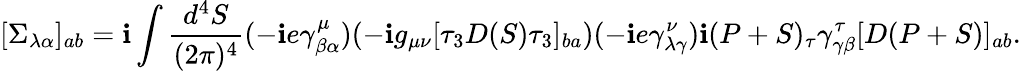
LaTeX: [\Sigma_{\lambda\alpha}]_{ab}=\mathbf{i}\int\frac{{d^{4}S}}{{(2\pi)^{4}}}(-\mathbf{i}e\gamma_{\beta\alpha}^{\mu})(-\mathbf{i}g_{\mu\nu}[\tau_{3}D(S)\tau_{3}]_{ba})(-\mathbf{i}e\gamma_{\lambda\gamma}^{\nu})\mathbf{i}(P+S)_{\tau}\gamma_{\gamma\beta}^{\tau}[D(P+S)]_{ab}.